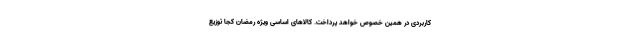
کاربردی در همین خصوص خواهد پرداخت. کالاهای اساسی ویژه رمضان کجا توزیع